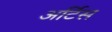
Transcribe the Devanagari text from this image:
अर्टिस